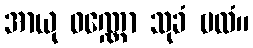
အာယု ဝဏ္ဏော သုခံ ဗလံ။